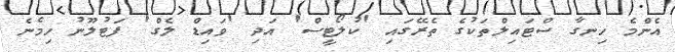
އެންމެ ހިނގާ ސްޓައިލްތަކުގެ ތެރޭގައި 'ކުލޯޓީސް' އަދި 'ވައިޑް ލެގް' ފަޓުލޫނު ހިމެނެ